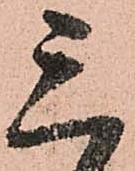
三